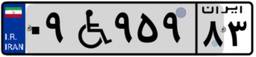
۰۷W۸۱۲۸۸